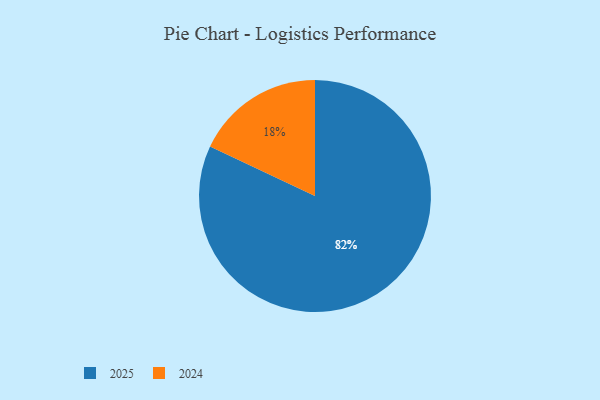
{"axis": {"x": "Category", "y": "Percentage"}, "legend": ["2024", "2025"], "data": [{"x": "2024", "y": 18, "type": "2024"}, {"x": "2025", "y": 82, "type": "2025"}]}